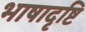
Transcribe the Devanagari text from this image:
भाषादृष्टि